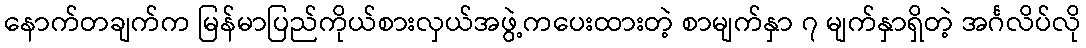
နောက်တချက်က မြန်မာပြည်ကိုယ်စားလှယ်အဖွဲ့ကပေးထားတဲ့ စာမျက်နှာ ၇ မျက်နှာရှိတဲ့ အင်္ဂလိပ်လို